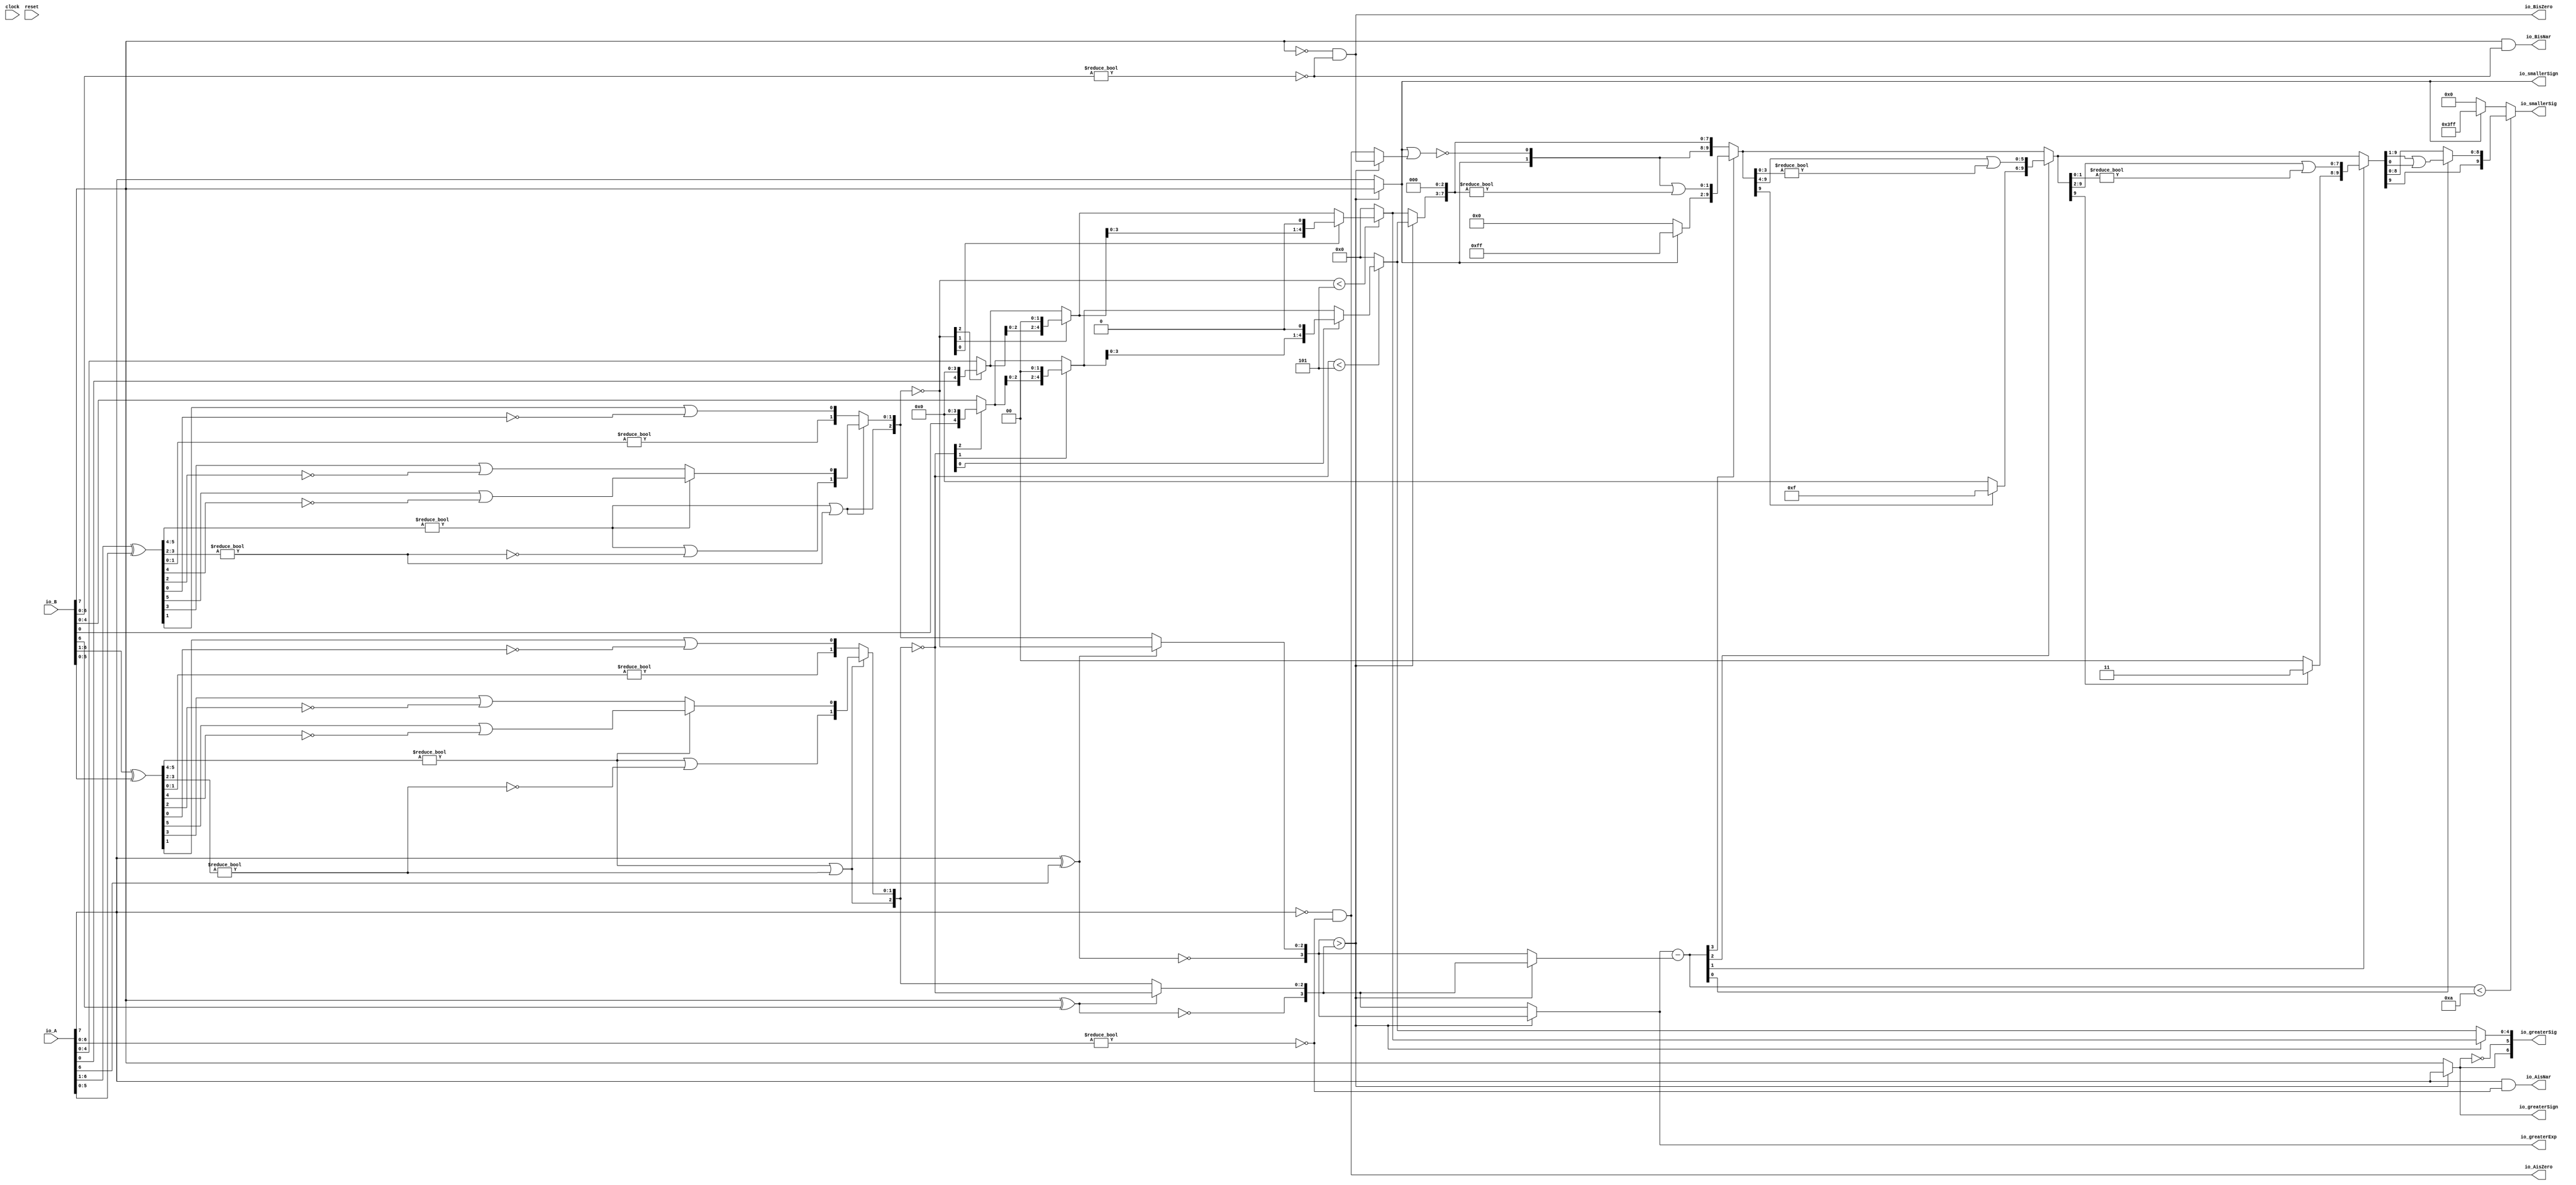
module Sig_op8_0(
  input        clock,
  input        reset,
  input  [7:0] io_A,
  input  [7:0] io_B,
  output       io_greaterSign,
  output       io_smallerSign,
  output [3:0] io_greaterExp,
  output [6:0] io_greaterSig,
  output [9:0] io_smallerSig,
  output       io_AisNar,
  output       io_BisNar,
  output       io_AisZero,
  output       io_BisZero
);
  wire  _T_1; // @[convert.scala 18:24]
  wire  _T_2; // @[convert.scala 18:40]
  wire  _T_3; // @[convert.scala 18:36]
  wire [5:0] _T_4; // @[convert.scala 19:24]
  wire [5:0] _T_5; // @[convert.scala 19:43]
  wire [5:0] _T_6; // @[convert.scala 19:39]
  wire [3:0] _T_7; // @[LZD.scala 43:32]
  wire [1:0] _T_8; // @[LZD.scala 43:32]
  wire  _T_9; // @[LZD.scala 39:14]
  wire  _T_10; // @[LZD.scala 39:21]
  wire  _T_11; // @[LZD.scala 39:30]
  wire  _T_12; // @[LZD.scala 39:27]
  wire  _T_13; // @[LZD.scala 39:25]
  wire [1:0] _T_14; // @[Cat.scala 29:58]
  wire [1:0] _T_15; // @[LZD.scala 44:32]
  wire  _T_16; // @[LZD.scala 39:14]
  wire  _T_17; // @[LZD.scala 39:21]
  wire  _T_18; // @[LZD.scala 39:30]
  wire  _T_19; // @[LZD.scala 39:27]
  wire  _T_20; // @[LZD.scala 39:25]
  wire [1:0] _T_21; // @[Cat.scala 29:58]
  wire  _T_22; // @[Shift.scala 12:21]
  wire  _T_23; // @[Shift.scala 12:21]
  wire  _T_24; // @[LZD.scala 49:16]
  wire  _T_25; // @[LZD.scala 49:27]
  wire  _T_26; // @[LZD.scala 49:25]
  wire  _T_27; // @[LZD.scala 49:47]
  wire  _T_28; // @[LZD.scala 49:59]
  wire  _T_29; // @[LZD.scala 49:35]
  wire [2:0] _T_31; // @[Cat.scala 29:58]
  wire [1:0] _T_32; // @[LZD.scala 44:32]
  wire  _T_33; // @[LZD.scala 39:14]
  wire  _T_34; // @[LZD.scala 39:21]
  wire  _T_35; // @[LZD.scala 39:30]
  wire  _T_36; // @[LZD.scala 39:27]
  wire  _T_37; // @[LZD.scala 39:25]
  wire [1:0] _T_38; // @[Cat.scala 29:58]
  wire  _T_39; // @[Shift.scala 12:21]
  wire [1:0] _T_41; // @[LZD.scala 55:32]
  wire [1:0] _T_42; // @[LZD.scala 55:20]
  wire [2:0] _T_43; // @[Cat.scala 29:58]
  wire [2:0] _T_44; // @[convert.scala 21:22]
  wire [4:0] _T_45; // @[convert.scala 22:36]
  wire  _T_46; // @[Shift.scala 16:24]
  wire  _T_48; // @[Shift.scala 12:21]
  wire  _T_49; // @[Shift.scala 64:52]
  wire [4:0] _T_51; // @[Cat.scala 29:58]
  wire [4:0] _T_52; // @[Shift.scala 64:27]
  wire [1:0] _T_53; // @[Shift.scala 66:70]
  wire  _T_54; // @[Shift.scala 12:21]
  wire [2:0] _T_55; // @[Shift.scala 64:52]
  wire [4:0] _T_57; // @[Cat.scala 29:58]
  wire [4:0] _T_58; // @[Shift.scala 64:27]
  wire  _T_59; // @[Shift.scala 66:70]
  wire [3:0] _T_61; // @[Shift.scala 64:52]
  wire [4:0] _T_62; // @[Cat.scala 29:58]
  wire [4:0] _T_63; // @[Shift.scala 64:27]
  wire [4:0] decA_fraction; // @[Shift.scala 16:10]
  wire  _T_67; // @[convert.scala 25:26]
  wire [2:0] _T_69; // @[convert.scala 25:42]
  wire [3:0] _T_70; // @[Cat.scala 29:58]
  wire [6:0] _T_72; // @[convert.scala 29:56]
  wire  _T_73; // @[convert.scala 29:60]
  wire  _T_74; // @[convert.scala 29:41]
  wire  _T_77; // @[convert.scala 30:19]
  wire  decA_isZero; // @[convert.scala 30:41]
  wire [3:0] decA_scale; // @[convert.scala 32:24]
  wire  _T_86; // @[convert.scala 18:24]
  wire  _T_87; // @[convert.scala 18:40]
  wire  _T_88; // @[convert.scala 18:36]
  wire [5:0] _T_89; // @[convert.scala 19:24]
  wire [5:0] _T_90; // @[convert.scala 19:43]
  wire [5:0] _T_91; // @[convert.scala 19:39]
  wire [3:0] _T_92; // @[LZD.scala 43:32]
  wire [1:0] _T_93; // @[LZD.scala 43:32]
  wire  _T_94; // @[LZD.scala 39:14]
  wire  _T_95; // @[LZD.scala 39:21]
  wire  _T_96; // @[LZD.scala 39:30]
  wire  _T_97; // @[LZD.scala 39:27]
  wire  _T_98; // @[LZD.scala 39:25]
  wire [1:0] _T_99; // @[Cat.scala 29:58]
  wire [1:0] _T_100; // @[LZD.scala 44:32]
  wire  _T_101; // @[LZD.scala 39:14]
  wire  _T_102; // @[LZD.scala 39:21]
  wire  _T_103; // @[LZD.scala 39:30]
  wire  _T_104; // @[LZD.scala 39:27]
  wire  _T_105; // @[LZD.scala 39:25]
  wire [1:0] _T_106; // @[Cat.scala 29:58]
  wire  _T_107; // @[Shift.scala 12:21]
  wire  _T_108; // @[Shift.scala 12:21]
  wire  _T_109; // @[LZD.scala 49:16]
  wire  _T_110; // @[LZD.scala 49:27]
  wire  _T_111; // @[LZD.scala 49:25]
  wire  _T_112; // @[LZD.scala 49:47]
  wire  _T_113; // @[LZD.scala 49:59]
  wire  _T_114; // @[LZD.scala 49:35]
  wire [2:0] _T_116; // @[Cat.scala 29:58]
  wire [1:0] _T_117; // @[LZD.scala 44:32]
  wire  _T_118; // @[LZD.scala 39:14]
  wire  _T_119; // @[LZD.scala 39:21]
  wire  _T_120; // @[LZD.scala 39:30]
  wire  _T_121; // @[LZD.scala 39:27]
  wire  _T_122; // @[LZD.scala 39:25]
  wire [1:0] _T_123; // @[Cat.scala 29:58]
  wire  _T_124; // @[Shift.scala 12:21]
  wire [1:0] _T_126; // @[LZD.scala 55:32]
  wire [1:0] _T_127; // @[LZD.scala 55:20]
  wire [2:0] _T_128; // @[Cat.scala 29:58]
  wire [2:0] _T_129; // @[convert.scala 21:22]
  wire [4:0] _T_130; // @[convert.scala 22:36]
  wire  _T_131; // @[Shift.scala 16:24]
  wire  _T_133; // @[Shift.scala 12:21]
  wire  _T_134; // @[Shift.scala 64:52]
  wire [4:0] _T_136; // @[Cat.scala 29:58]
  wire [4:0] _T_137; // @[Shift.scala 64:27]
  wire [1:0] _T_138; // @[Shift.scala 66:70]
  wire  _T_139; // @[Shift.scala 12:21]
  wire [2:0] _T_140; // @[Shift.scala 64:52]
  wire [4:0] _T_142; // @[Cat.scala 29:58]
  wire [4:0] _T_143; // @[Shift.scala 64:27]
  wire  _T_144; // @[Shift.scala 66:70]
  wire [3:0] _T_146; // @[Shift.scala 64:52]
  wire [4:0] _T_147; // @[Cat.scala 29:58]
  wire [4:0] _T_148; // @[Shift.scala 64:27]
  wire [4:0] decB_fraction; // @[Shift.scala 16:10]
  wire  _T_152; // @[convert.scala 25:26]
  wire [2:0] _T_154; // @[convert.scala 25:42]
  wire [3:0] _T_155; // @[Cat.scala 29:58]
  wire [6:0] _T_157; // @[convert.scala 29:56]
  wire  _T_158; // @[convert.scala 29:60]
  wire  _T_159; // @[convert.scala 29:41]
  wire  _T_162; // @[convert.scala 30:19]
  wire  decB_isZero; // @[convert.scala 30:41]
  wire [3:0] decB_scale; // @[convert.scala 32:24]
  wire  aGTb; // @[Sig_op.scala 38:32]
  wire [3:0] smallerExp; // @[Sig_op.scala 42:24]
  wire [4:0] greaterFrac; // @[Sig_op.scala 43:24]
  wire [4:0] smallerFrac; // @[Sig_op.scala 44:24]
  wire  smallerZero; // @[Sig_op.scala 45:24]
  wire [3:0] _T_174; // @[Sig_op.scala 46:35]
  wire [3:0] scale_diff; // @[Sig_op.scala 46:35]
  wire  _T_175; // @[Sig_op.scala 51:53]
  wire  _T_176; // @[Sig_op.scala 51:36]
  wire [9:0] _T_179; // @[Cat.scala 29:58]
  wire [3:0] _T_180; // @[Sig_op.scala 51:124]
  wire  _T_181; // @[Shift.scala 39:24]
  wire [1:0] _T_183; // @[Shift.scala 90:30]
  wire [7:0] _T_184; // @[Shift.scala 90:48]
  wire  _T_185; // @[Shift.scala 90:57]
  wire [1:0] _GEN_0; // @[Shift.scala 90:39]
  wire [1:0] _T_186; // @[Shift.scala 90:39]
  wire  _T_187; // @[Shift.scala 12:21]
  wire  _T_188; // @[Shift.scala 12:21]
  wire [7:0] _T_190; // @[Bitwise.scala 71:12]
  wire [9:0] _T_191; // @[Cat.scala 29:58]
  wire [9:0] _T_192; // @[Shift.scala 91:22]
  wire [2:0] _T_193; // @[Shift.scala 92:77]
  wire [5:0] _T_194; // @[Shift.scala 90:30]
  wire [3:0] _T_195; // @[Shift.scala 90:48]
  wire  _T_196; // @[Shift.scala 90:57]
  wire [5:0] _GEN_1; // @[Shift.scala 90:39]
  wire [5:0] _T_197; // @[Shift.scala 90:39]
  wire  _T_198; // @[Shift.scala 12:21]
  wire  _T_199; // @[Shift.scala 12:21]
  wire [3:0] _T_201; // @[Bitwise.scala 71:12]
  wire [9:0] _T_202; // @[Cat.scala 29:58]
  wire [9:0] _T_203; // @[Shift.scala 91:22]
  wire [1:0] _T_204; // @[Shift.scala 92:77]
  wire [7:0] _T_205; // @[Shift.scala 90:30]
  wire [1:0] _T_206; // @[Shift.scala 90:48]
  wire  _T_207; // @[Shift.scala 90:57]
  wire [7:0] _GEN_2; // @[Shift.scala 90:39]
  wire [7:0] _T_208; // @[Shift.scala 90:39]
  wire  _T_209; // @[Shift.scala 12:21]
  wire  _T_210; // @[Shift.scala 12:21]
  wire [1:0] _T_212; // @[Bitwise.scala 71:12]
  wire [9:0] _T_213; // @[Cat.scala 29:58]
  wire [9:0] _T_214; // @[Shift.scala 91:22]
  wire  _T_215; // @[Shift.scala 92:77]
  wire [8:0] _T_216; // @[Shift.scala 90:30]
  wire  _T_217; // @[Shift.scala 90:48]
  wire [8:0] _GEN_3; // @[Shift.scala 90:39]
  wire [8:0] _T_219; // @[Shift.scala 90:39]
  wire  _T_221; // @[Shift.scala 12:21]
  wire [9:0] _T_222; // @[Cat.scala 29:58]
  wire [9:0] _T_223; // @[Shift.scala 91:22]
  wire [9:0] _T_226; // @[Bitwise.scala 71:12]
  wire  _T_227; // @[Sig_op.scala 57:40]
  wire [1:0] _T_228; // @[Cat.scala 29:58]
  assign _T_1 = io_A[7]; // @[convert.scala 18:24]
  assign _T_2 = io_A[6]; // @[convert.scala 18:40]
  assign _T_3 = _T_1 ^ _T_2; // @[convert.scala 18:36]
  assign _T_4 = io_A[6:1]; // @[convert.scala 19:24]
  assign _T_5 = io_A[5:0]; // @[convert.scala 19:43]
  assign _T_6 = _T_4 ^ _T_5; // @[convert.scala 19:39]
  assign _T_7 = _T_6[5:2]; // @[LZD.scala 43:32]
  assign _T_8 = _T_7[3:2]; // @[LZD.scala 43:32]
  assign _T_9 = _T_8 != 2'h0; // @[LZD.scala 39:14]
  assign _T_10 = _T_8[1]; // @[LZD.scala 39:21]
  assign _T_11 = _T_8[0]; // @[LZD.scala 39:30]
  assign _T_12 = ~ _T_11; // @[LZD.scala 39:27]
  assign _T_13 = _T_10 | _T_12; // @[LZD.scala 39:25]
  assign _T_14 = {_T_9,_T_13}; // @[Cat.scala 29:58]
  assign _T_15 = _T_7[1:0]; // @[LZD.scala 44:32]
  assign _T_16 = _T_15 != 2'h0; // @[LZD.scala 39:14]
  assign _T_17 = _T_15[1]; // @[LZD.scala 39:21]
  assign _T_18 = _T_15[0]; // @[LZD.scala 39:30]
  assign _T_19 = ~ _T_18; // @[LZD.scala 39:27]
  assign _T_20 = _T_17 | _T_19; // @[LZD.scala 39:25]
  assign _T_21 = {_T_16,_T_20}; // @[Cat.scala 29:58]
  assign _T_22 = _T_14[1]; // @[Shift.scala 12:21]
  assign _T_23 = _T_21[1]; // @[Shift.scala 12:21]
  assign _T_24 = _T_22 | _T_23; // @[LZD.scala 49:16]
  assign _T_25 = ~ _T_23; // @[LZD.scala 49:27]
  assign _T_26 = _T_22 | _T_25; // @[LZD.scala 49:25]
  assign _T_27 = _T_14[0:0]; // @[LZD.scala 49:47]
  assign _T_28 = _T_21[0:0]; // @[LZD.scala 49:59]
  assign _T_29 = _T_22 ? _T_27 : _T_28; // @[LZD.scala 49:35]
  assign _T_31 = {_T_24,_T_26,_T_29}; // @[Cat.scala 29:58]
  assign _T_32 = _T_6[1:0]; // @[LZD.scala 44:32]
  assign _T_33 = _T_32 != 2'h0; // @[LZD.scala 39:14]
  assign _T_34 = _T_32[1]; // @[LZD.scala 39:21]
  assign _T_35 = _T_32[0]; // @[LZD.scala 39:30]
  assign _T_36 = ~ _T_35; // @[LZD.scala 39:27]
  assign _T_37 = _T_34 | _T_36; // @[LZD.scala 39:25]
  assign _T_38 = {_T_33,_T_37}; // @[Cat.scala 29:58]
  assign _T_39 = _T_31[2]; // @[Shift.scala 12:21]
  assign _T_41 = _T_31[1:0]; // @[LZD.scala 55:32]
  assign _T_42 = _T_39 ? _T_41 : _T_38; // @[LZD.scala 55:20]
  assign _T_43 = {_T_39,_T_42}; // @[Cat.scala 29:58]
  assign _T_44 = ~ _T_43; // @[convert.scala 21:22]
  assign _T_45 = io_A[4:0]; // @[convert.scala 22:36]
  assign _T_46 = _T_44 < 3'h5; // @[Shift.scala 16:24]
  assign _T_48 = _T_44[2]; // @[Shift.scala 12:21]
  assign _T_49 = _T_45[0:0]; // @[Shift.scala 64:52]
  assign _T_51 = {_T_49,4'h0}; // @[Cat.scala 29:58]
  assign _T_52 = _T_48 ? _T_51 : _T_45; // @[Shift.scala 64:27]
  assign _T_53 = _T_44[1:0]; // @[Shift.scala 66:70]
  assign _T_54 = _T_53[1]; // @[Shift.scala 12:21]
  assign _T_55 = _T_52[2:0]; // @[Shift.scala 64:52]
  assign _T_57 = {_T_55,2'h0}; // @[Cat.scala 29:58]
  assign _T_58 = _T_54 ? _T_57 : _T_52; // @[Shift.scala 64:27]
  assign _T_59 = _T_53[0:0]; // @[Shift.scala 66:70]
  assign _T_61 = _T_58[3:0]; // @[Shift.scala 64:52]
  assign _T_62 = {_T_61,1'h0}; // @[Cat.scala 29:58]
  assign _T_63 = _T_59 ? _T_62 : _T_58; // @[Shift.scala 64:27]
  assign decA_fraction = _T_46 ? _T_63 : 5'h0; // @[Shift.scala 16:10]
  assign _T_67 = _T_3 == 1'h0; // @[convert.scala 25:26]
  assign _T_69 = _T_3 ? _T_44 : _T_43; // @[convert.scala 25:42]
  assign _T_70 = {_T_67,_T_69}; // @[Cat.scala 29:58]
  assign _T_72 = io_A[6:0]; // @[convert.scala 29:56]
  assign _T_73 = _T_72 != 7'h0; // @[convert.scala 29:60]
  assign _T_74 = ~ _T_73; // @[convert.scala 29:41]
  assign _T_77 = _T_1 == 1'h0; // @[convert.scala 30:19]
  assign decA_isZero = _T_77 & _T_74; // @[convert.scala 30:41]
  assign decA_scale = $signed(_T_70); // @[convert.scala 32:24]
  assign _T_86 = io_B[7]; // @[convert.scala 18:24]
  assign _T_87 = io_B[6]; // @[convert.scala 18:40]
  assign _T_88 = _T_86 ^ _T_87; // @[convert.scala 18:36]
  assign _T_89 = io_B[6:1]; // @[convert.scala 19:24]
  assign _T_90 = io_B[5:0]; // @[convert.scala 19:43]
  assign _T_91 = _T_89 ^ _T_90; // @[convert.scala 19:39]
  assign _T_92 = _T_91[5:2]; // @[LZD.scala 43:32]
  assign _T_93 = _T_92[3:2]; // @[LZD.scala 43:32]
  assign _T_94 = _T_93 != 2'h0; // @[LZD.scala 39:14]
  assign _T_95 = _T_93[1]; // @[LZD.scala 39:21]
  assign _T_96 = _T_93[0]; // @[LZD.scala 39:30]
  assign _T_97 = ~ _T_96; // @[LZD.scala 39:27]
  assign _T_98 = _T_95 | _T_97; // @[LZD.scala 39:25]
  assign _T_99 = {_T_94,_T_98}; // @[Cat.scala 29:58]
  assign _T_100 = _T_92[1:0]; // @[LZD.scala 44:32]
  assign _T_101 = _T_100 != 2'h0; // @[LZD.scala 39:14]
  assign _T_102 = _T_100[1]; // @[LZD.scala 39:21]
  assign _T_103 = _T_100[0]; // @[LZD.scala 39:30]
  assign _T_104 = ~ _T_103; // @[LZD.scala 39:27]
  assign _T_105 = _T_102 | _T_104; // @[LZD.scala 39:25]
  assign _T_106 = {_T_101,_T_105}; // @[Cat.scala 29:58]
  assign _T_107 = _T_99[1]; // @[Shift.scala 12:21]
  assign _T_108 = _T_106[1]; // @[Shift.scala 12:21]
  assign _T_109 = _T_107 | _T_108; // @[LZD.scala 49:16]
  assign _T_110 = ~ _T_108; // @[LZD.scala 49:27]
  assign _T_111 = _T_107 | _T_110; // @[LZD.scala 49:25]
  assign _T_112 = _T_99[0:0]; // @[LZD.scala 49:47]
  assign _T_113 = _T_106[0:0]; // @[LZD.scala 49:59]
  assign _T_114 = _T_107 ? _T_112 : _T_113; // @[LZD.scala 49:35]
  assign _T_116 = {_T_109,_T_111,_T_114}; // @[Cat.scala 29:58]
  assign _T_117 = _T_91[1:0]; // @[LZD.scala 44:32]
  assign _T_118 = _T_117 != 2'h0; // @[LZD.scala 39:14]
  assign _T_119 = _T_117[1]; // @[LZD.scala 39:21]
  assign _T_120 = _T_117[0]; // @[LZD.scala 39:30]
  assign _T_121 = ~ _T_120; // @[LZD.scala 39:27]
  assign _T_122 = _T_119 | _T_121; // @[LZD.scala 39:25]
  assign _T_123 = {_T_118,_T_122}; // @[Cat.scala 29:58]
  assign _T_124 = _T_116[2]; // @[Shift.scala 12:21]
  assign _T_126 = _T_116[1:0]; // @[LZD.scala 55:32]
  assign _T_127 = _T_124 ? _T_126 : _T_123; // @[LZD.scala 55:20]
  assign _T_128 = {_T_124,_T_127}; // @[Cat.scala 29:58]
  assign _T_129 = ~ _T_128; // @[convert.scala 21:22]
  assign _T_130 = io_B[4:0]; // @[convert.scala 22:36]
  assign _T_131 = _T_129 < 3'h5; // @[Shift.scala 16:24]
  assign _T_133 = _T_129[2]; // @[Shift.scala 12:21]
  assign _T_134 = _T_130[0:0]; // @[Shift.scala 64:52]
  assign _T_136 = {_T_134,4'h0}; // @[Cat.scala 29:58]
  assign _T_137 = _T_133 ? _T_136 : _T_130; // @[Shift.scala 64:27]
  assign _T_138 = _T_129[1:0]; // @[Shift.scala 66:70]
  assign _T_139 = _T_138[1]; // @[Shift.scala 12:21]
  assign _T_140 = _T_137[2:0]; // @[Shift.scala 64:52]
  assign _T_142 = {_T_140,2'h0}; // @[Cat.scala 29:58]
  assign _T_143 = _T_139 ? _T_142 : _T_137; // @[Shift.scala 64:27]
  assign _T_144 = _T_138[0:0]; // @[Shift.scala 66:70]
  assign _T_146 = _T_143[3:0]; // @[Shift.scala 64:52]
  assign _T_147 = {_T_146,1'h0}; // @[Cat.scala 29:58]
  assign _T_148 = _T_144 ? _T_147 : _T_143; // @[Shift.scala 64:27]
  assign decB_fraction = _T_131 ? _T_148 : 5'h0; // @[Shift.scala 16:10]
  assign _T_152 = _T_88 == 1'h0; // @[convert.scala 25:26]
  assign _T_154 = _T_88 ? _T_129 : _T_128; // @[convert.scala 25:42]
  assign _T_155 = {_T_152,_T_154}; // @[Cat.scala 29:58]
  assign _T_157 = io_B[6:0]; // @[convert.scala 29:56]
  assign _T_158 = _T_157 != 7'h0; // @[convert.scala 29:60]
  assign _T_159 = ~ _T_158; // @[convert.scala 29:41]
  assign _T_162 = _T_86 == 1'h0; // @[convert.scala 30:19]
  assign decB_isZero = _T_162 & _T_159; // @[convert.scala 30:41]
  assign decB_scale = $signed(_T_155); // @[convert.scala 32:24]
  assign aGTb = $signed(decA_scale) > $signed(decB_scale); // @[Sig_op.scala 38:32]
  assign smallerExp = aGTb ? $signed(decB_scale) : $signed(decA_scale); // @[Sig_op.scala 42:24]
  assign greaterFrac = aGTb ? decA_fraction : decB_fraction; // @[Sig_op.scala 43:24]
  assign smallerFrac = aGTb ? decB_fraction : decA_fraction; // @[Sig_op.scala 44:24]
  assign smallerZero = aGTb ? decB_isZero : decA_isZero; // @[Sig_op.scala 45:24]
  assign _T_174 = $signed(io_greaterExp) - $signed(smallerExp); // @[Sig_op.scala 46:35]
  assign scale_diff = $signed(_T_174); // @[Sig_op.scala 46:35]
  assign _T_175 = io_smallerSign | smallerZero; // @[Sig_op.scala 51:53]
  assign _T_176 = ~ _T_175; // @[Sig_op.scala 51:36]
  assign _T_179 = {io_smallerSign,_T_176,smallerFrac,3'h0}; // @[Cat.scala 29:58]
  assign _T_180 = $unsigned(scale_diff); // @[Sig_op.scala 51:124]
  assign _T_181 = _T_180 < 4'ha; // @[Shift.scala 39:24]
  assign _T_183 = _T_179[9:8]; // @[Shift.scala 90:30]
  assign _T_184 = _T_179[7:0]; // @[Shift.scala 90:48]
  assign _T_185 = _T_184 != 8'h0; // @[Shift.scala 90:57]
  assign _GEN_0 = {{1'd0}, _T_185}; // @[Shift.scala 90:39]
  assign _T_186 = _T_183 | _GEN_0; // @[Shift.scala 90:39]
  assign _T_187 = _T_180[3]; // @[Shift.scala 12:21]
  assign _T_188 = _T_179[9]; // @[Shift.scala 12:21]
  assign _T_190 = _T_188 ? 8'hff : 8'h0; // @[Bitwise.scala 71:12]
  assign _T_191 = {_T_190,_T_186}; // @[Cat.scala 29:58]
  assign _T_192 = _T_187 ? _T_191 : _T_179; // @[Shift.scala 91:22]
  assign _T_193 = _T_180[2:0]; // @[Shift.scala 92:77]
  assign _T_194 = _T_192[9:4]; // @[Shift.scala 90:30]
  assign _T_195 = _T_192[3:0]; // @[Shift.scala 90:48]
  assign _T_196 = _T_195 != 4'h0; // @[Shift.scala 90:57]
  assign _GEN_1 = {{5'd0}, _T_196}; // @[Shift.scala 90:39]
  assign _T_197 = _T_194 | _GEN_1; // @[Shift.scala 90:39]
  assign _T_198 = _T_193[2]; // @[Shift.scala 12:21]
  assign _T_199 = _T_192[9]; // @[Shift.scala 12:21]
  assign _T_201 = _T_199 ? 4'hf : 4'h0; // @[Bitwise.scala 71:12]
  assign _T_202 = {_T_201,_T_197}; // @[Cat.scala 29:58]
  assign _T_203 = _T_198 ? _T_202 : _T_192; // @[Shift.scala 91:22]
  assign _T_204 = _T_193[1:0]; // @[Shift.scala 92:77]
  assign _T_205 = _T_203[9:2]; // @[Shift.scala 90:30]
  assign _T_206 = _T_203[1:0]; // @[Shift.scala 90:48]
  assign _T_207 = _T_206 != 2'h0; // @[Shift.scala 90:57]
  assign _GEN_2 = {{7'd0}, _T_207}; // @[Shift.scala 90:39]
  assign _T_208 = _T_205 | _GEN_2; // @[Shift.scala 90:39]
  assign _T_209 = _T_204[1]; // @[Shift.scala 12:21]
  assign _T_210 = _T_203[9]; // @[Shift.scala 12:21]
  assign _T_212 = _T_210 ? 2'h3 : 2'h0; // @[Bitwise.scala 71:12]
  assign _T_213 = {_T_212,_T_208}; // @[Cat.scala 29:58]
  assign _T_214 = _T_209 ? _T_213 : _T_203; // @[Shift.scala 91:22]
  assign _T_215 = _T_204[0:0]; // @[Shift.scala 92:77]
  assign _T_216 = _T_214[9:1]; // @[Shift.scala 90:30]
  assign _T_217 = _T_214[0:0]; // @[Shift.scala 90:48]
  assign _GEN_3 = {{8'd0}, _T_217}; // @[Shift.scala 90:39]
  assign _T_219 = _T_216 | _GEN_3; // @[Shift.scala 90:39]
  assign _T_221 = _T_214[9]; // @[Shift.scala 12:21]
  assign _T_222 = {_T_221,_T_219}; // @[Cat.scala 29:58]
  assign _T_223 = _T_215 ? _T_222 : _T_214; // @[Shift.scala 91:22]
  assign _T_226 = _T_188 ? 10'h3ff : 10'h0; // @[Bitwise.scala 71:12]
  assign _T_227 = ~ io_greaterSign; // @[Sig_op.scala 57:40]
  assign _T_228 = {io_greaterSign,_T_227}; // @[Cat.scala 29:58]
  assign io_greaterSign = aGTb ? _T_1 : _T_86; // @[Sig_op.scala 39:18]
  assign io_smallerSign = aGTb ? _T_86 : _T_1; // @[Sig_op.scala 40:18]
  assign io_greaterExp = aGTb ? $signed(decA_scale) : $signed(decB_scale); // @[Sig_op.scala 41:18]
  assign io_greaterSig = {_T_228,greaterFrac}; // @[Sig_op.scala 57:17]
  assign io_smallerSig = _T_181 ? _T_223 : _T_226; // @[Sig_op.scala 52:17]
  assign io_AisNar = _T_1 & _T_74; // @[Sig_op.scala 47:13]
  assign io_BisNar = _T_86 & _T_159; // @[Sig_op.scala 48:13]
  assign io_AisZero = _T_77 & _T_74; // @[Sig_op.scala 49:14]
  assign io_BisZero = _T_162 & _T_159; // @[Sig_op.scala 50:14]
endmodule